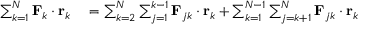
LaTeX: \begin{array} { r l } { \sum _ { k = 1 } ^ { N } \mathbf { F } _ { k } \cdot \mathbf { r } _ { k } } & { { } = \sum _ { k = 2 } ^ { N } \sum _ { j = 1 } ^ { k - 1 } \mathbf { F } _ { j k } \cdot \mathbf { r } _ { k } + \sum _ { k = 1 } ^ { N - 1 } \sum _ { j = k + 1 } ^ { N } \mathbf { F } _ { j k } \cdot \mathbf { r } _ { k } } \end{array}